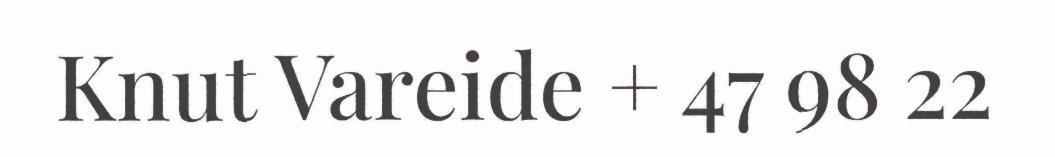
Knut Vareide + 47 98 22